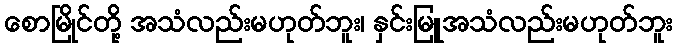
စောမြိုင်တို့ အသံလည်းမဟုတ်ဘူး၊ နှင်းမြူအသံလည်းမဟုတ်ဘူး